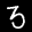
Label: 3